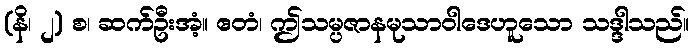
(နိ၊ ၂) စ၊ ဆက်ဦးအံ့။ ဧတံ၊ ဤသမ္ပဇာနမုသာဝါဒေဟူသော သဒ္ဒါသည်။